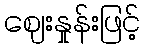
ဈေးနှုန်းဖြင့်